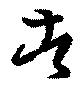
者